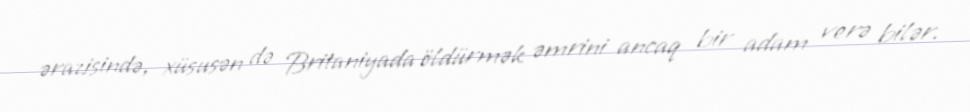
ərazisində, xüsusən də Britaniyada öldürmək əmrini ancaq bir adam verə bilər.